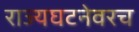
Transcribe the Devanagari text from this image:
राज्यघटनेवरच